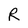
Character: R